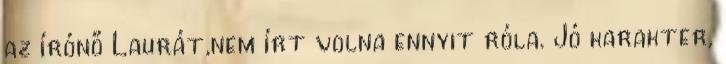
az írónő Laurát,nem írt volna ennyit róla. Jó karakter,